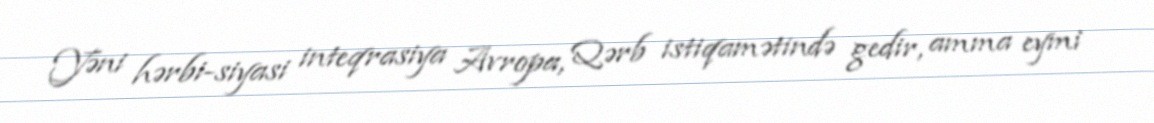
Yəni hərbi-siyasi inteqrasiya Avropa, Qərb istiqamətində gedir, amma eymi